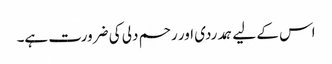
اس کے لیے ہمدردی اور رحم دلی کی ضرورت ہے۔